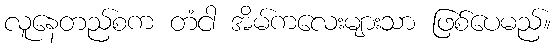
လူနေတည်စက တံငါ အိမ်ကလေးများသာ ဖြစ်ပေမည်။